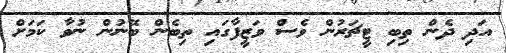
އަދި ދެން ތިބި ޓީޗަރުން ވެސް ވަޒީފާގައި ތިބެން ބޭނުން ނުވާ ކަމަށް